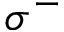
\sigma ^ { - }